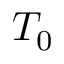
T _ { 0 }